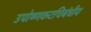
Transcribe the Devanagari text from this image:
उपोष्णकटचिबंधीय